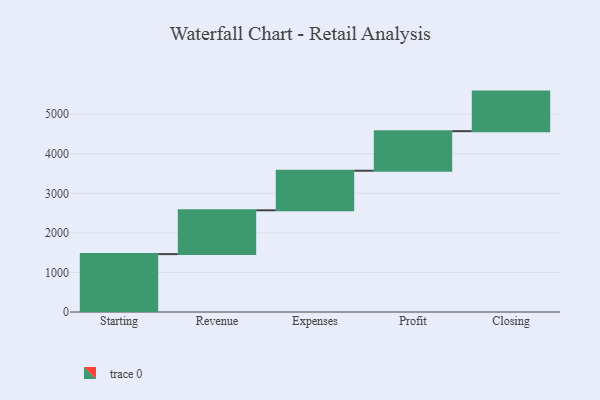
{"axis": {"x": "Step", "y": "Value"}, "legend": [""], "data": [{"x": "Starting", "y": 1463.0, "type": ""}, {"x": "Revenue", "y": 1108.0, "type": ""}, {"x": "Expenses", "y": 1000, "type": ""}, {"x": "Profit", "y": 1000, "type": ""}, {"x": "Closing", "y": 1000, "type": ""}]}